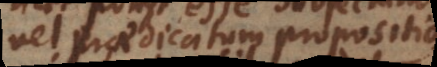
vel praedicatum propositionis,